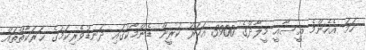
ހަމަ އެހެންމެ ޢީސާއީ މީލާދުގެ 3900 އަހަރު ކުރީން ޑެންމާކުގައި ދަނޑުވެރިކަމުގެ ޙަރަކާތްތައް